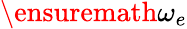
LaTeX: \ensuremath{\omega}_{e}